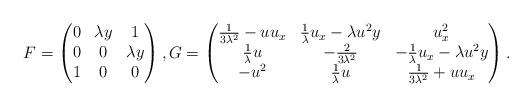
LaTeX: \begin{align*}F=\left(\begin{matrix}0 & \lambda y & 1 \\ 0 & 0 & \lambda y \\ 1 & 0 & 0\end{matrix}\right), G= \left(\begin{matrix}\tfrac{1}{3\lambda^2}-uu_x & \tfrac{1}{\lambda}u_x-\lambda u^2y & u_x^2 \\ \tfrac{1}{\lambda}u & -\tfrac{2}{3\lambda^2} & -\tfrac{1}{\lambda}u_x-\lambda u^2y \\ -u^2 & \tfrac{1}{\lambda}u & \tfrac{1}{3\lambda^2}+uu_x\end{matrix}\right).\end{align*}